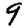
Digit: 9